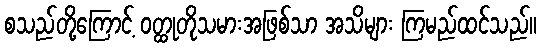
စသည်တို့ကြောင့် ဝတ္ထုတိုသမားအဖြစ်သာ အသိများ ကြမည်ထင်သည်။